Report on the Civil Veterinary Department, Eastern Bengal and Assam - 1907-1911
Year: 1907
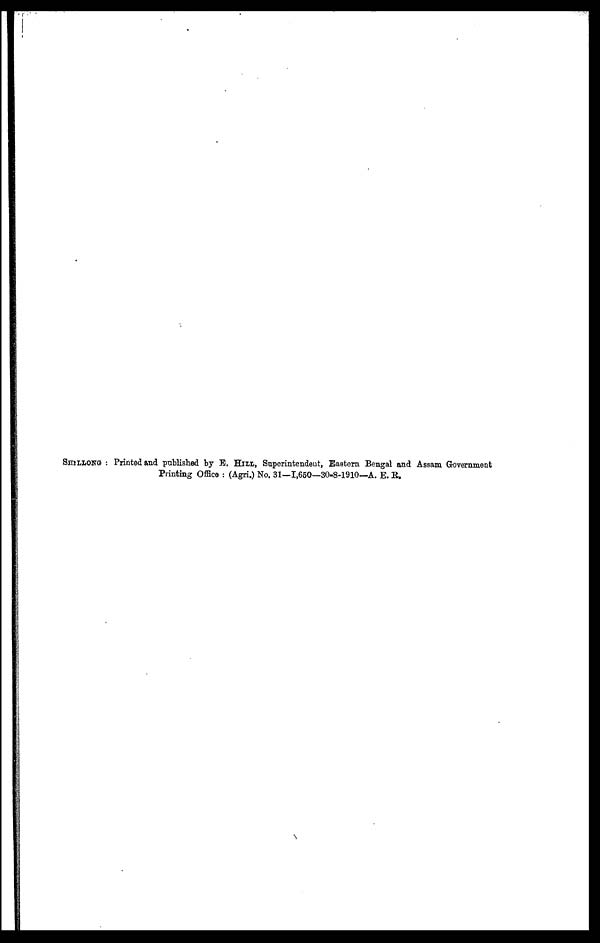
SHILLONG: Printed and published by E. HILL, Superintendent, Eastern Bengal and Assam Government
Printing Office: (Agri.) No. 31—1,650—30-8-1910—A. E. R.